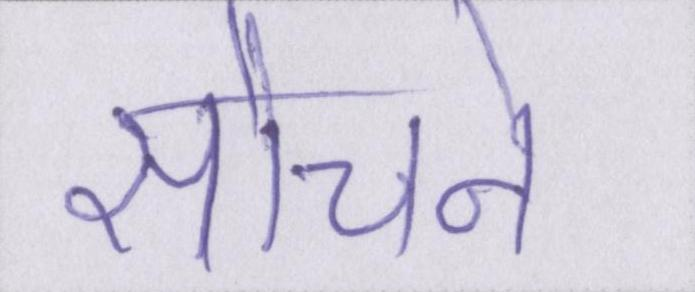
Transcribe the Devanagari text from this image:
सोचने